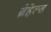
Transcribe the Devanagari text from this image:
ग्रेहेल्स